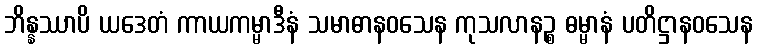
ဘိန္နဿာပိ ယဒေတံ ကာယကမ္မာဒီနံ သမာဓာနဝသေန ကုသလာနဉ္စ ဓမ္မာနံ ပတိဋ္ဌာနဝသေန